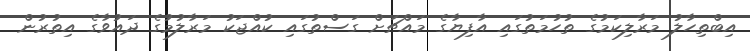
އިބްތިހާލު މަރާލިކަމުގެ ތުހުމަތުގައި އާފިޔާގެ މައްޗަށް ގަސްތުގައި ކުއްޖަކު މަރާލުމުގެ ދައުވާގެ އިތުރުން